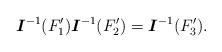
LaTeX: \begin{align*}\mbox{\boldmath$I$}^{-1}(F'_1)\mbox{\boldmath$I$}^{-1}(F'_2)=\mbox{\boldmath$I$}^{-1}(F'_3).\end{align*}